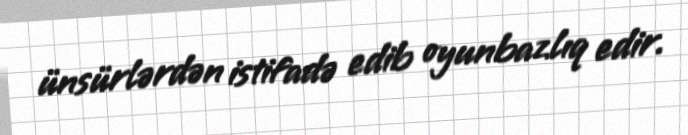
ünsürlərdən istifadə edib oyunbazlıq edir.